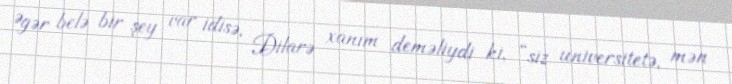
Əgər belə bir şey var idisə, Dilarə xanım deməliydi ki, “siz universitetə, mən